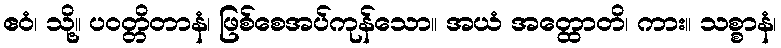
ဧဝံ၊ သို့။ ပဝတ္တိတာနံ၊ ဖြစ်စေအပ်ကုန်သော။ အယံ အတ္ထောတိ၊ ကား။ သစ္စာနံ၊